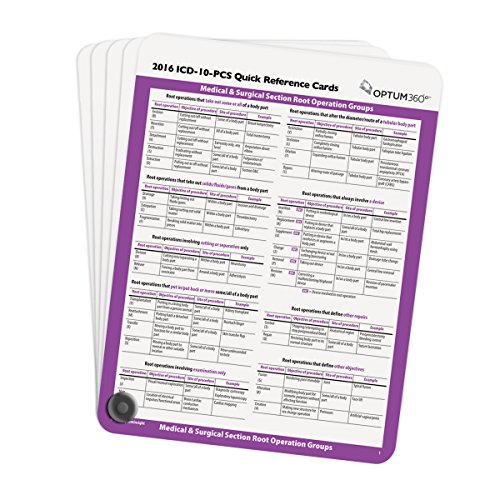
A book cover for ICD-10-PCS Quick Reference Cards 2016; Optum360; Medical Books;